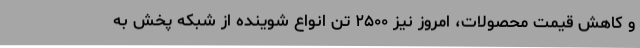
و کاهش قیمت محصولات، امروز نیز ۲۵۰۰ تن انواع شوینده از شبکه پخش به